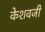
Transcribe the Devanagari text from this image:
केशवजी